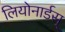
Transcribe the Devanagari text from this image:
लियोनार्डस्